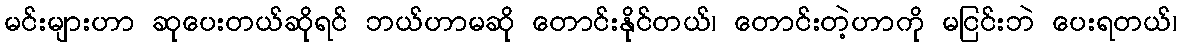
မင်းများဟာ ဆုပေးတယ်ဆိုရင် ဘယ်ဟာမဆို တောင်းနိုင်တယ်၊ တောင်းတဲ့ဟာကို မငြင်းဘဲ ပေးရတယ်၊